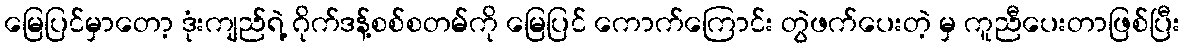
မြေပြင်မှာတော့ ဒုံးကျည်ရဲ့ ဂိုက်ဒန့်စစ်စတမ်ကို မြေပြင် ကောက်ကြောင်း တွဲဖက်ပေးတဲ့ မှ ကူညီပေးတာဖြစ်ပြီး